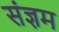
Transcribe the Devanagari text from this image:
संज्ञम